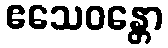
ဧသေဝန္တော